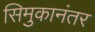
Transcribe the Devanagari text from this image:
सिमुकानंतर